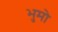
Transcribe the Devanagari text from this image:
भुमो